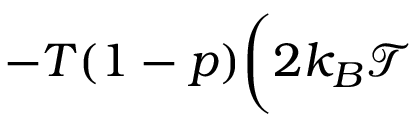
- T ( 1 - p ) \bigg ( 2 k _ { B } \mathcal { T }